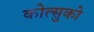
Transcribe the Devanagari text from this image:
कोत्सुको